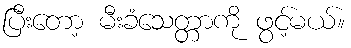
ပြီးတော့ မီးခံသေတ္တာကို ဖွင့်မယ်။